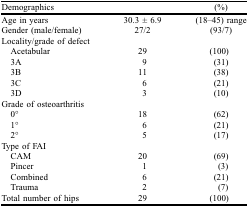
<table><thead><tr><td><b>Demographics</b></td><td></td><td><b>(%)</b></td></tr></thead><tbody><tr><td>Age in years</td><td>30.3 ± 6.9</td><td>(18–45) range</td></tr><tr><td>Gender (male/female)</td><td>27/2</td><td>(93/7)</td></tr><tr><td>Locality/grade of defect</td><td></td><td></td></tr><tr><td> Acetabular</td><td>29</td><td>(100)</td></tr><tr><td> 3A</td><td>9</td><td>(31)</td></tr><tr><td> 3B</td><td>11</td><td>(38)</td></tr><tr><td> 3C</td><td>6</td><td>(21)</td></tr><tr><td> 3D</td><td>3</td><td>(10)</td></tr><tr><td>Grade of osteoarthritis</td><td></td><td></td></tr><tr><td> 0°</td><td>18</td><td>(62)</td></tr><tr><td> 1°</td><td>6</td><td>(21)</td></tr><tr><td> 2°</td><td>5</td><td>(17)</td></tr><tr><td>Type of FAI</td><td></td><td></td></tr><tr><td> CAM</td><td>20</td><td>(69)</td></tr><tr><td> Pincer</td><td>1</td><td>(3)</td></tr><tr><td> Combined</td><td>6</td><td>(21)</td></tr><tr><td> Trauma</td><td>2</td><td>(7)</td></tr><tr><td>Total number of hips</td><td>29</td><td>(100)</td></tr></tbody></table>